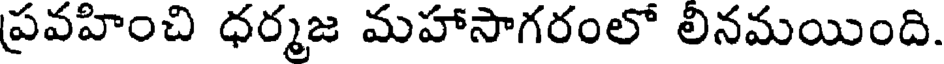
ప్రవహించి ధర్మజ మహాసాగరంలో లినమయింది.